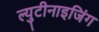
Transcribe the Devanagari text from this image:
ल्युटीनाइजिंग